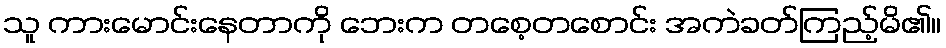
သူ ကားမောင်းနေတာကို ဘေးက တစေ့တစောင်း အကဲခတ်ကြည့်မိ၏။